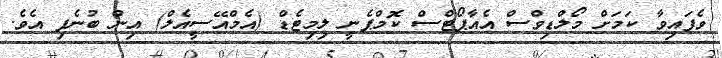
ވެފައިވާ ކަމަށް މޯލްޑިވްސް އެއާޕޯޓްސް ކޮމްޕެނީ ލިމިޓެޑް (އެމްއޭސީއެލް) އިން ބުނެފި އެވެ.